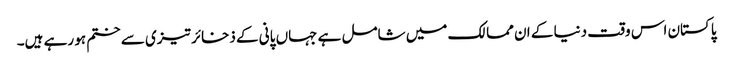
پاکستان اس وقت دنیا کے ان ممالک میں شامل ہے جہاں پانی کے ذخائر تیزی سے ختم ہو رہے ہیں۔